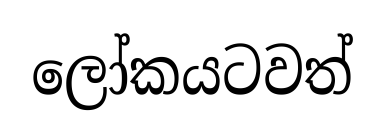
ලෝකයටවත්